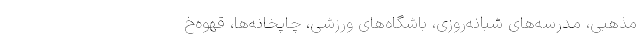
مذهبی، مدرسه‌های شبانه‌روزی، باشگاه‌های ورزشی، چاپخانه‌ها، قهوه‌خ